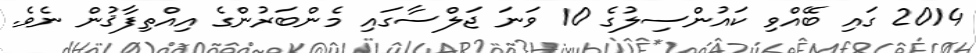
2014 ގައި ބޭއްވި ކައުންސިލުގެ 10 ވަނަ ޖަލްސާގައި މެންބަރުންގެ އިއްތިފާޤުން ނެވެ.